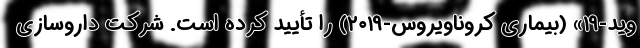
وید-۱۹» (بیماری کروناویروس-۲۰۱۹) را تأیید کرده است. شرکت داروسازی